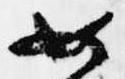
如